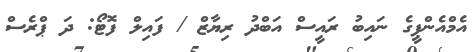
އެމްއެންޕީގެ ނައިބު ރައީސް އަބްދު ރިޔާޒް / ފައިލް ފޮޓޯ: ދަ ޕްރެސް